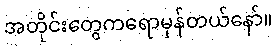
အတိုင်းတွေကရောမှန်တယ်နော်။